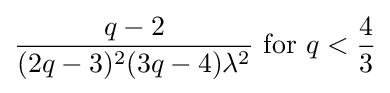
{\frac {q-2}{(2q-3)^{2}(3q-4)\lambda ^{2}}}{\text{ for }}q<{\frac {4}{3}}